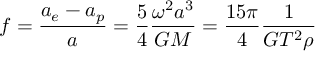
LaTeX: f = { \frac { a _ { e } - a _ { p } } { a } } = { \frac { 5 } { 4 } } { \frac { \omega ^ { 2 } a ^ { 3 } } { G M } } = { \frac { 1 5 \pi } { 4 } } { \frac { 1 } { G T ^ { 2 } \rho } }